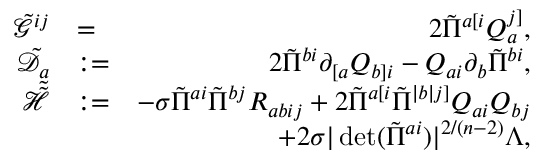
\begin{array} { r l r } { \tilde { \mathcal { G } } ^ { i j } } & { = } & { 2 \tilde { \Pi } ^ { a [ i } Q _ { a } ^ { j ] } , } \\ { \tilde { \mathcal { D } } _ { a } } & { : = } & { 2 \tilde { \Pi } ^ { b i } \partial _ { [ a } Q _ { b ] i } - Q _ { a i } \partial _ { b } \tilde { \Pi } ^ { b i } , } \\ { \tilde { \tilde { \mathcal { H } } } } & { : = } & { - \sigma \tilde { \Pi } ^ { a i } \tilde { \Pi } ^ { b j } R _ { a b i j } + 2 \tilde { \Pi } ^ { a [ i } \tilde { \Pi } ^ { | b | j ] } Q _ { a i } Q _ { b j } } \\ & { } & { + 2 \sigma | \operatorname* { d e t } ( \tilde { \Pi } ^ { a i } ) | ^ { 2 / ( n - 2 ) } \Lambda , } \end{array}